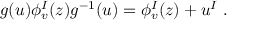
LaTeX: g ( u ) \phi _ { v } ^ { I } ( z ) g ^ { - 1 } ( u ) = \phi _ { v } ^ { I } ( z ) + u ^ { I } ~ .